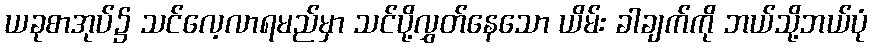
ယခုစာအုပ်၌ သင်လေ့လာရမည်မှာ သင်ပို့လွှတ်နေသော ယိမ်း ခါချက်ကို ဘယ်သို့ဘယ်ပုံ